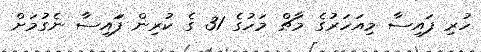
ހުރި ފައިސާ މިއަހަރުގެ މާޗް މަހުގެ 31 ގެ ކުރިން ފަައިސާ ނެގުމަށް